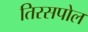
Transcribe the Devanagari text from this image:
तिरसपोल